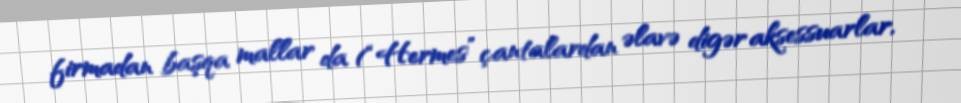
firmadan başqa mallar da (“Hermes” çantalardan əlavə digər aksessuarlar,